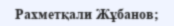
Рахметқали Жұбанов;